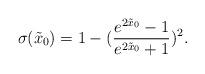
LaTeX: \begin{align*}\sigma(\tilde{x}_0)=1-(\frac{e^{2\tilde{x}_0}-1}{e^{2\tilde{x}_0}+1})^2.\end{align*}